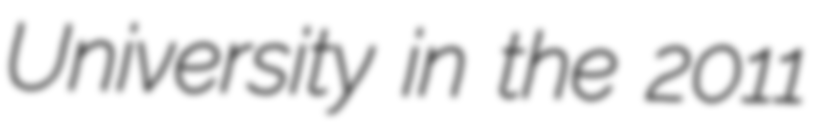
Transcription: University in the 2011